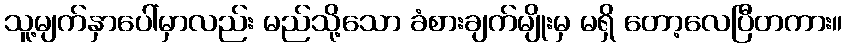
သူ့မျက်နှာပေါ်မှာလည်း မည်သို့သော ခံစားချက်မျိုးမှ မရှိ တော့လေပြီတကား။